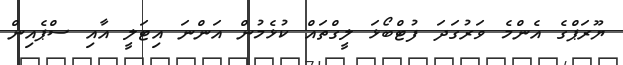
ޔޫރަޕްގެ އެންމެ ވަރުގަދަ ފުޓްބޯޅަ ލީގްތައް ކުޅެމުން އަންނަ އިޓަލީ އާއި ސްޕެއިން